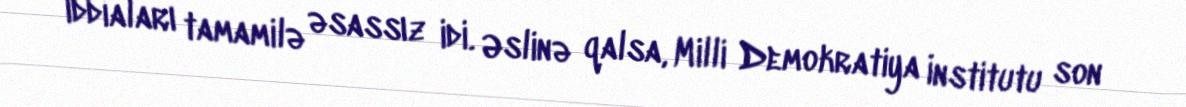
iddiaları tamamilə əsassız idi. Əslinə qalsa, Milli Demokratiya İnstitutu son